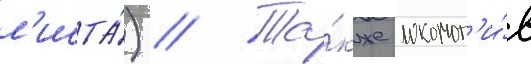
л'иста́) // Та́кже локомот'и́в